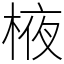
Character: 棭